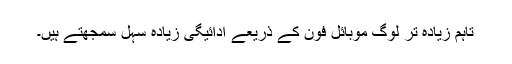
تاہم زیادہ تر لوگ موبائل فون کے ذریعے ادائیگی زیادہ سہل سمجھتے ہیں۔